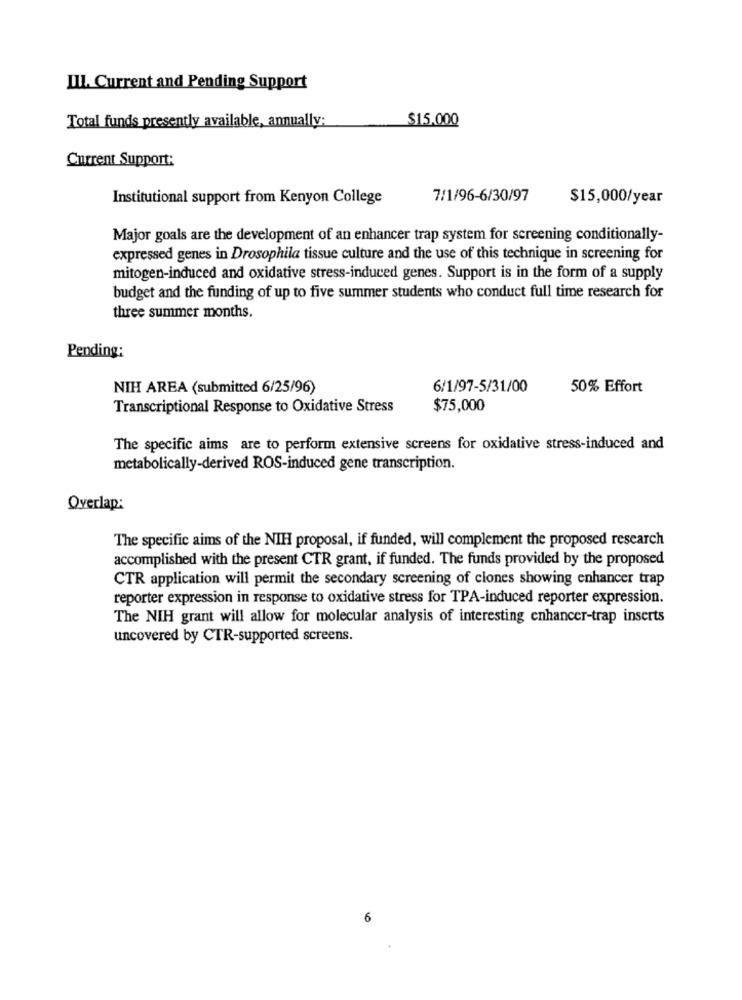
III. Current and Pending Support
Total funds presently available, annually:
$15.000
Current Support:
Institutional support from Kenyon College
7/1/96-6/30/97
$15,000/year
Major goals are the development of an enhancer trap system for screening conditionally-
expressed genes in Drosophila tissue culture and the use of this technique in screening for
mitogen-induced and oxidative stress-induced genes. Support is in the form of a supply
budget and the funding of up to five summer students who conduct full time research for
three summer months.
Pending:
NIH AREA (submitted 6/25/96)
6/1/97-5/31/00
50% Effort
Transcriptional Response to Oxidative Stress
$75,000
The specific aims are to perform extensive screens for oxidative stress-induced and
metabolically-derived ROS-induced gene transcription.
Overlap:
The specific aims of the NIH proposal, if funded, will complement the proposed research
accomplished with the present CTR grant, if funded. The funds provided by the proposed
CTR application will permit the secondary screening of clones showing enhancer trap
reporter expression in response to oxidative stress for TPA-induced reporter expression.
The NIH grant will allow for molecular analysis of interesting enhancer-trap inserts
uncovered by CTR-supported screens.
6